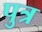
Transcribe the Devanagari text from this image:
पुत्र